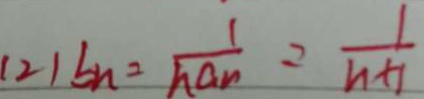
( 2 ) b n = \frac { 1 } { h a n } = \frac { 1 } { h + 1 }